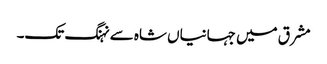
مشرق میں جہانیاں شاہ سے نہنگ تک۔